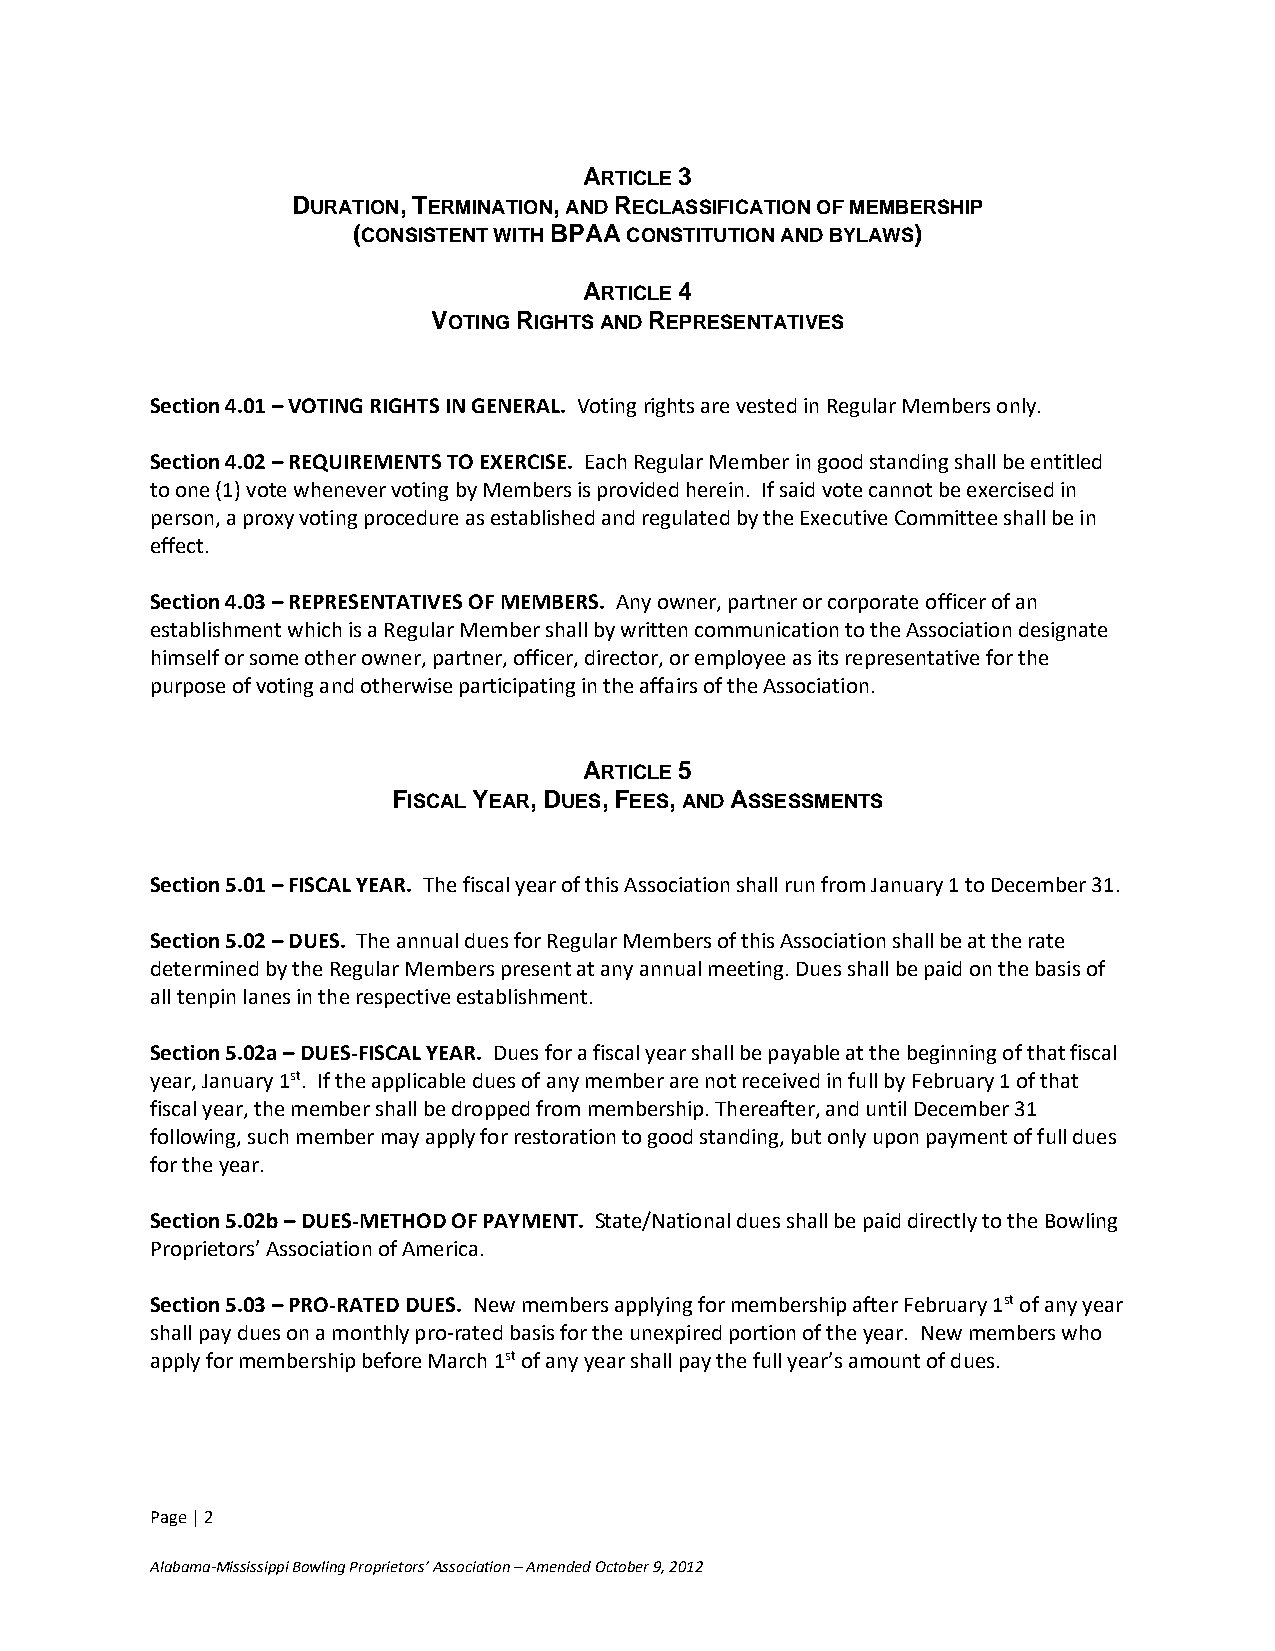
ARTICLE 3
 DURATION, TERMINATION, AND RECLASSIFICATION OF MEMBERSHIP
 (CONSISTENT WITH BPAA CONSTITUTION AND BYLAWS)
 ARTICLE 4
 VOTING RIGHTS AND REPRESENTATIVES
 Section 4.01 – VOTING RIGHTS IN GENERAL. Voting rights are vested in Regular Members only.
 Section 4.02 – REQUIREMENTS TO EXERCISE. Each Regular Member in good standing shall be entitled
 to one (1) vote whenever voting by Members is provided herein. If said vote cannot be exercised in
 person, a proxy voting procedure as established and regulated by the Executive Committee shall be in
 effect.
 Section 4.03 – REPRESENTATIVES OF MEMBERS. Any owner, partner or corporate officer of an
 establishment which is a Regular Member shall by written communication to the Association designate
 himself or some other owner, partner, officer, director, or employee as its representative for the
 purpose of voting and otherwise participating in the affairs of the Association.
 ARTICLE 5
 FISCAL YEAR, DUES, FEES, AND ASSESSMENTS
 Section 5.01 – FISCAL YEAR. The fiscal year of this Association shall run from January 1 to December 31.
 Section 5.02 – DUES. The annual dues for Regular Members of this Association shall be at the rate
 determined by the Regular Members present at any annual meeting. Dues shall be paid on the basis of
 all tenpin lanes in the respective establishment.
 Section 5.02a – DUES-FISCAL YEAR. Dues for a fiscal year shall be payable at the beginning of that fiscal
 year, January 1st. If the applicable dues of any member are not received in full by February 1 of that
 fiscal year, the member shall be dropped from membership. Thereafter, and until December 31
 following, such member may apply for restoration to good standing, but only upon payment of full dues
 for the year.
 Section 5.02b – DUES-METHOD OF PAYMENT. State/National dues shall be paid directly to the Bowling
 Proprietors’ Association of America.
 Section 5.03 – PRO-RATED DUES. New members applying for membership after February 1st of any year
 shall pay dues on a monthly pro-rated basis for the unexpired portion of the year. New members who
 apply for membership before March 1st of any year shall pay the full year’s amount of dues.
 Page | 2
 Alabama-Mississippi Bowling Proprietors’ Association – Amended October 9, 2012